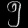
Digit: ၅